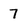
Character: 7